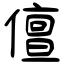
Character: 儃